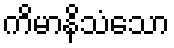
ကိမာနိသံသော